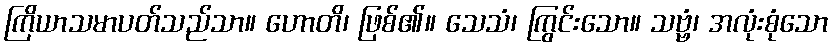
ကြိယာသမာပတ်သည်သာ။ ဟောတိ၊ ဖြစ်၏။ သေသံ၊ ကြွင်းသော။ သဗ္ဗံ၊ အလုံးစုံသော